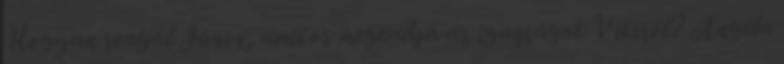
Hogyan reagál János, amikor megtudja az igazságot Vikiről? Angéla